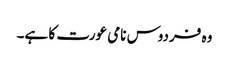
وہ فردوس نامی عورت کا ہے۔